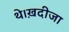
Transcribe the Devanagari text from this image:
थे।ख़दीजा